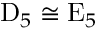
\mathrm { D } _ { 5 } \cong \mathrm { E } _ { 5 }